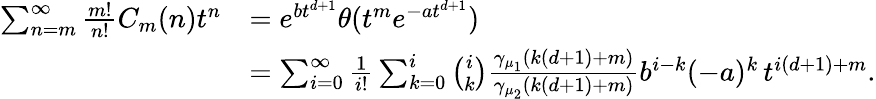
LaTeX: \begin{array}{rl}{\sum_{n=m}^{\infty}{\frac{m!}{n!}}C_{m}(n)t^{n}}&{=e^{bt^{d+1}}\theta(t^{m}e^{-at^{d+1}})}\\ &{=\sum_{i=0}^{\infty}\frac{1}{i!}\sum_{k=0}^{i}{\binom{i}{k}}{\frac{\gamma_{\mu_{1}}(k(d+1)+m)}{\gamma_{\mu_{2}}(k(d+1)+m)}}b^{i-k}(-a)^{k}\, t^{i(d+1)+m}.}\end{array}